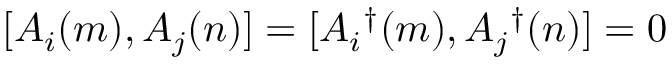
[ A _ { i } ( m ) , A _ { j } ( n ) ] = [ A _ { i } { } ^ { \dag } ( m ) , A _ { j } { } ^ { \dag } ( n ) ] = 0